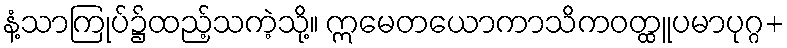
နံ့သာကြုပ်၌ထည့်သကဲ့သို့။ ဣမေတယောကာသိကဝတ္ထူပမာပုဂ္ဂ+